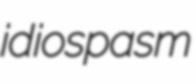
idiospasm